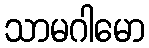
သာမဂါမော